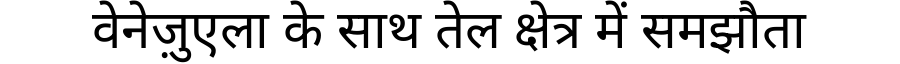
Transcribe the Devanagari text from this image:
वेनेज़ुएला के साथ तेल क्षेत्र में समझौता